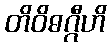
တိဝိဓဂ္ဂီဟိ